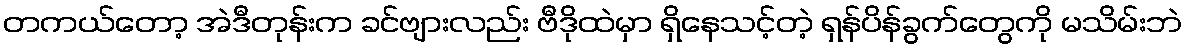
တကယ်တော့ အဲဒီတုန်းက ခင်ဗျားလည်း ဗီဒိုထဲမှာ ရှိနေသင့်တဲ့ ရှန်ပိန်ခွက်တွေကို မသိမ်းဘဲ